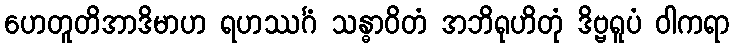
ဟေတူတိအာဒိမာဟ ရဟဿင်္ဂံ သန္ဓာဝိတံ အဘိရုဟိတုံ ဒိဗ္ဗရူပံ ဝါကရာ